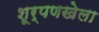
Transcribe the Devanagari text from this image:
शूर्पणखेला